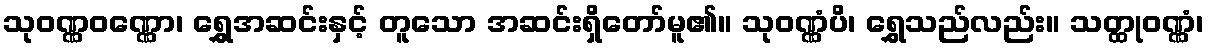
သုဝဏ္ဏဝဏ္ဏော၊ ရွှေအဆင်းနှင့် တူသော အဆင်းရှိတော်မူ၏။ သုဝဏ္ဏံပိ၊ ရွှေသည်လည်း။ သတ္ထုဝဏ္ဏံ၊